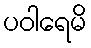
ပဝါရေမိ